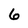
Character: 6